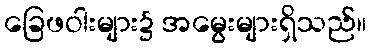
ခြေဖဝါးများ၌ အမွေးများရှိသည်။